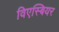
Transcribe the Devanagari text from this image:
विएस्बियर